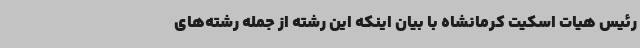
رئیس هیات اسکیت کرمانشاه با بیان اینکه این رشته از جمله رشته‌های